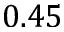
0 . 4 5